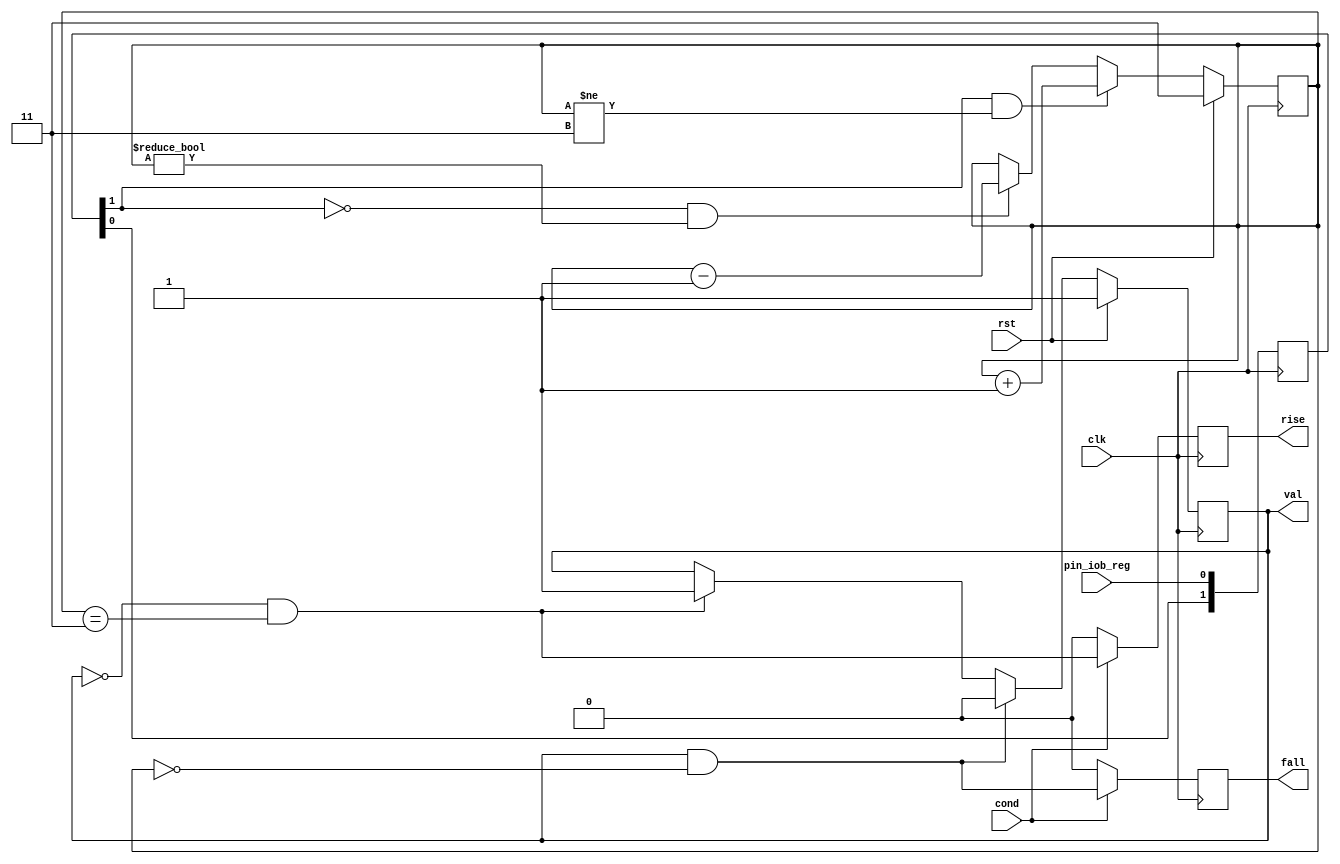
/*
 * glitch_filter.v
 *
 * CERN Open Hardware Licence v1.2 - See LICENSE
 *
 * Copyright (C) 2018  Sylvain Munaut
 *
 * vim: ts=4 sw=4
 */

`default_nettype none

module glitch_filter #(
	parameter integer L = 2
)(
	input wire  pin_iob_reg,
	input wire  cond,

	output wire val,
	output reg  rise,
	output reg  fall,

	input  wire clk,
	input  wire rst
);
	// Signals
	wire [L-1:0] all_zero;
	wire [L-1:0] all_one;

	reg [1:0] sync;
	reg state;
	reg [L-1:0] cnt;

	// Constants
	assign all_zero = { L{1'b0} };
	assign all_one  = { L{1'b1} };

	// Synchronizer
	always @(posedge clk)
		sync <= { sync[0], pin_iob_reg };

	// Filter
	always @(posedge clk)
		if (rst)
			cnt <= all_one;
		else begin
			if (sync[1] & (cnt != all_one))
				cnt <= cnt + 1;
			else if (~sync[1] & (cnt != all_zero))
				cnt <= cnt - 1;
			else
				cnt <= cnt;
		end

	// State
	always @(posedge clk)
		if (rst)
			state <= 1'b1;
		else begin
			if (state & cnt == all_zero)
				state <= 1'b0;
			else if (~state & cnt == all_one)
				state <= 1'b1;
			else
				state <= state;
		end

	assign val = state;

	// Rise / Fall detection
	always @(posedge clk)
	begin
		if (~cond) begin
			rise <= 1'b0;
			fall <= 1'b0;
		end else begin
			rise <= ~state & (cnt == all_one);
			fall <=  state & (cnt == all_zero);
		end
	end

endmodule // glitch_filter